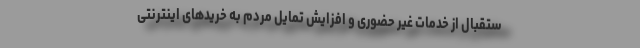
ستقبال از خدمات غیر حضوری و افزایش تمایل مردم به خریدهای اینترنتی